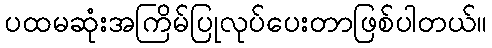
ပထမဆုံးအကြိမ်ပြုလုပ်ပေးတာဖြစ်ပါတယ်။